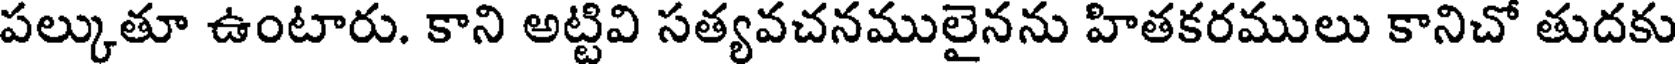
పల్కుతూ ఉంటారు. కాని అట్టివి సత్యవచనములైనను హితకరములు కానిచో తుదకు